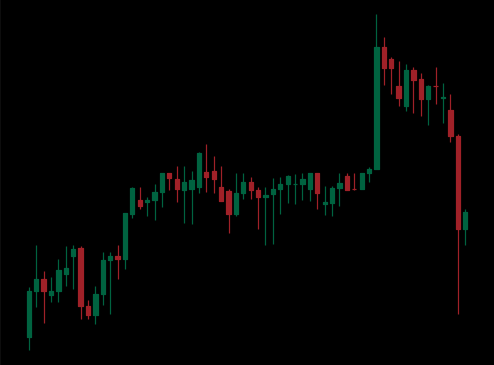
Pattern: unclassified